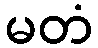
မတံ